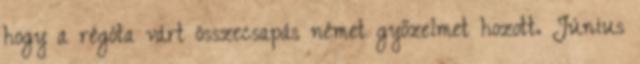
hogy a régóta várt összecsapás német győzelmet hozott. Június